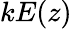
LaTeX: kE(z)